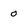
Character: 0